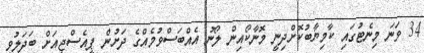
34 ވަނަ މިނެޓުގައި ކާމިޔާބުކޮށްދިނީ މޮނާކޯއިން ލޯނު އެއްބަސްވުމެއްގެ ދަށުން ޕީއެސްޖީއަށް ބަދަލުވި